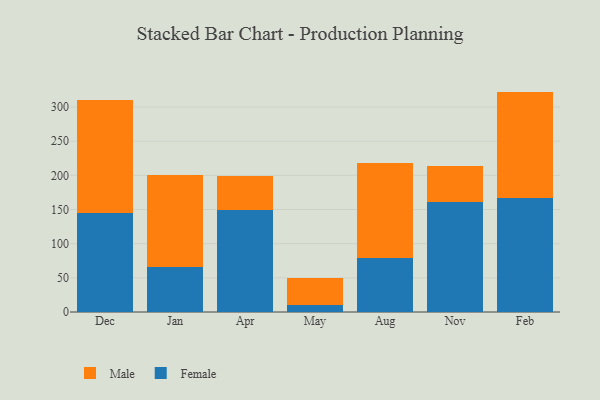
{"axis": {"x": "Month", "y": "Gross Profit (USD K)"}, "legend": ["Female", "Male"], "data": [{"x": "Dec", "y": 144.9, "type": "Female"}, {"x": "Dec", "y": 166.0, "type": "Male"}, {"x": "Jan", "y": 65.5, "type": "Female"}, {"x": "Jan", "y": 135.3, "type": "Male"}, {"x": "Apr", "y": 149.9, "type": "Female"}, {"x": "Apr", "y": 49.9, "type": "Male"}, {"x": "May", "y": 10.1, "type": "Female"}, {"x": "May", "y": 40.4, "type": "Male"}, {"x": "Aug", "y": 79.3, "type": "Female"}, {"x": "Aug", "y": 138.7, "type": "Male"}, {"x": "Nov", "y": 160.9, "type": "Female"}, {"x": "Nov", "y": 53.0, "type": "Male"}, {"x": "Feb", "y": 166.6, "type": "Female"}, {"x": "Feb", "y": 156.0, "type": "Male"}]}